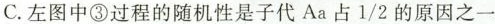
C.左图中③过程的随机性是子代Aa占1/2的原因之一